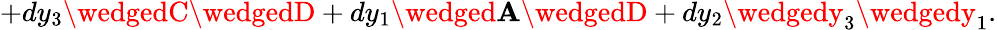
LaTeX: +dy_{3}\wedgedC\wedgedD+dy_{1}\wedged\mathbf{A}\wedgedD+dy_{2}\wedgedy_{3}\wedgedy_{1}.